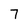
Character: 7